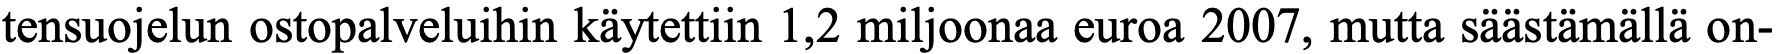
tensuojelun ostopalveluihin käytettiin 1,2 miljoonaa euroa 2007, mutta säästämällä on-